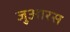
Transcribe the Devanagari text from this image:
जुआरस